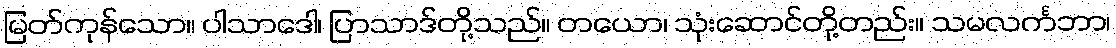
မြတ်ကုန်သော။ ပါသာဒေါ၊ ပြာသာဒ်တို့သည်။ တယော၊ သုံးဆောင်တို့တည်း။ သမလင်္ကဘာ၊